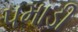
પમાડી